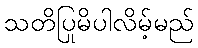
သတိပြုမိပါလိမ့်မည်